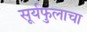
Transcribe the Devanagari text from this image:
सूर्यफुलाचा